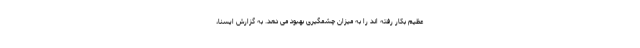
عظیم بکار رفته اند را به میزان چشمگیری بهبود می دهد. به گزارش ایسنا،